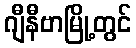
ဂျီနီဗာမြို့တွင်